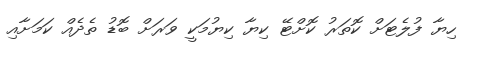
ހިޔާ ފުލެޓަށް ކޮތަރު ކޮށްޓޭ ކިޔާ ކިޔުމަކީ ވަރަށް ބޮޑު ތެދެއް ކަމަށާއި